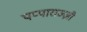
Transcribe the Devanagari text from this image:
पप्पाराज्ज़ी